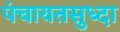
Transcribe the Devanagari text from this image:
पंचायतसुध्दा